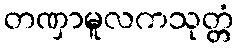
တဏှာမူလကသုတ္တံ